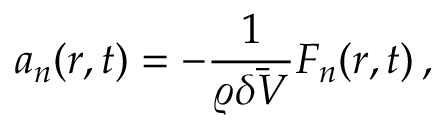
\boldsymbol { a } _ { n } ( \boldsymbol { r } , t ) = - \frac { 1 } { \varrho \bar { \delta V } } \boldsymbol { F } _ { \! \; \! n } ( \boldsymbol { r } , t ) \, ,